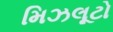
મિઝલૂટો